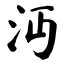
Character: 沔